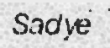
Sadye